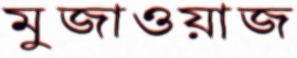
মুজাওয়াজ